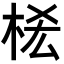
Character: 𣑆